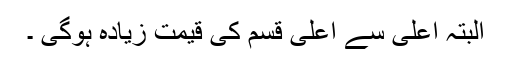
البتہ اعلیٰ سے اعلیٰ قسم کی قیمت زیادہ ہوگی ۔